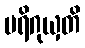
ပရိဂုယှတိ